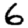
Digit: 6